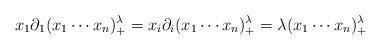
LaTeX: \begin{align*}x_1\partial_1(x_1\cdots x_n)_+^\lambda = x_i\partial_i(x_1\cdots x_n)_+^\lambda= \lambda(x_1\cdots x_n)_+^\lambda\end{align*}